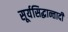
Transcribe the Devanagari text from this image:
सूर्यसिद्धान्तादी